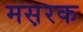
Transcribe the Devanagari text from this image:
मस़रक